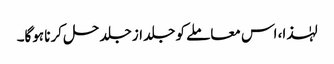
لہٰذا، اس معاملے کو جلد از جلد حل کرنا ہوگا۔